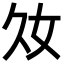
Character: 𡚮